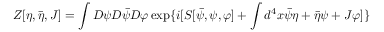
Z [ \eta , \bar { \eta } , J ] = \int { \cal D } \psi { \cal D } \bar { \psi } { \cal D } \varphi \exp \{ i [ S [ \bar { \psi } , \psi , \varphi ] + \int d ^ { 4 } x \bar { \psi } \eta + \bar { \eta } \psi + J \varphi ] \}